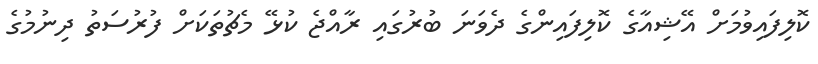
ކޮލިފައިވުމަށް އޭޝިއާގެ ކޮލިފައިންގެ ދެވަނަ ބުރުގައި ރާއްޖެ ކުޅޭ މެޗުތަކަށް ފުރުސަތު ދިނުމުގެ